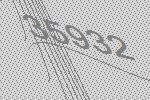
35932